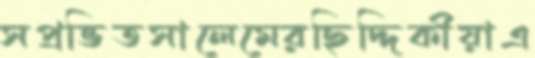
সপ্রভিতসালেমেরছিদ্দিকীয়াএ